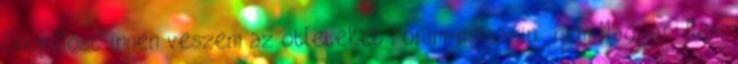
Shop Most innen veszem az ötleteket Forum-magazin nem Magyar Nem